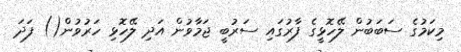
މިކަމުގެ ސަބަބުން ލޭހޮޅީގެ ފާރުގައި ސަރުބީ ޖަމާވުން އަދި ލޭހޮޅި ހަރުވުން() ފަދަ